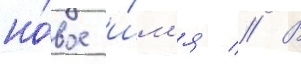
но́вое и́м'я // В